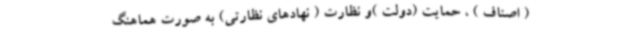
( اصناف ) ، حمایت (دولت )و نظارت ( نهادهای نظارتی) به صورت هماهنگ